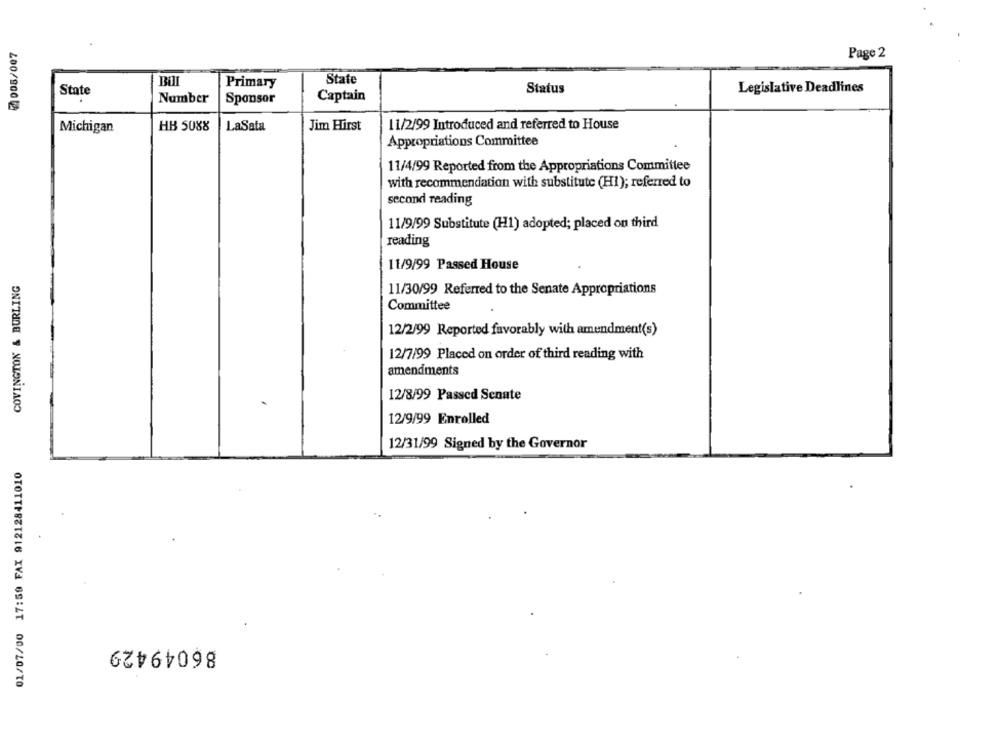
21005/007
Page 2
State
Primary
Status
Legislative Deadlines
State
Number
Sponsor
Captain
HB 5088
LaSata
Jim Hirst
11/2/99 Introduced and referred to House
Michigan
Appropriations Committee
11/4/99 Reported from the Appropriations Committee
with recommendation with substitute (H1); referred to
second reading
11/9/99 Substitute (H1) adopted; placed on third
reading
11/9/99 Passed House
COVINGTON & BURLING
11/30/99 Referred to the Senate Appropriations
Committee
12/2/99 Reported favorably with amendment(s)
12/7/99 Placed on order of third reading with
amendments
12/8/99 Passed Senate
12/9/99 Enrolled
12/31/99 Signed by the Governor
01/07/00 17:59 FAX 912128411010
86049429